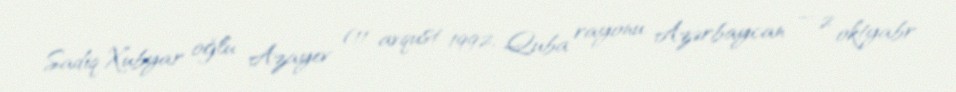
Sadiq Xubyar oğlu Azayev (11 avqust 1992; Quba rayonu, Azərbaycan — 2 oktyabr